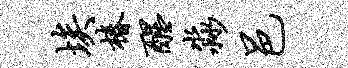
埃椿醒淼邑